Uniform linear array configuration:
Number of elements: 8
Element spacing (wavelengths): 0.75
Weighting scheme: kaiser
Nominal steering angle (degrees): -30
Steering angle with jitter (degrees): -31.876
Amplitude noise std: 0.05
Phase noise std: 0.05

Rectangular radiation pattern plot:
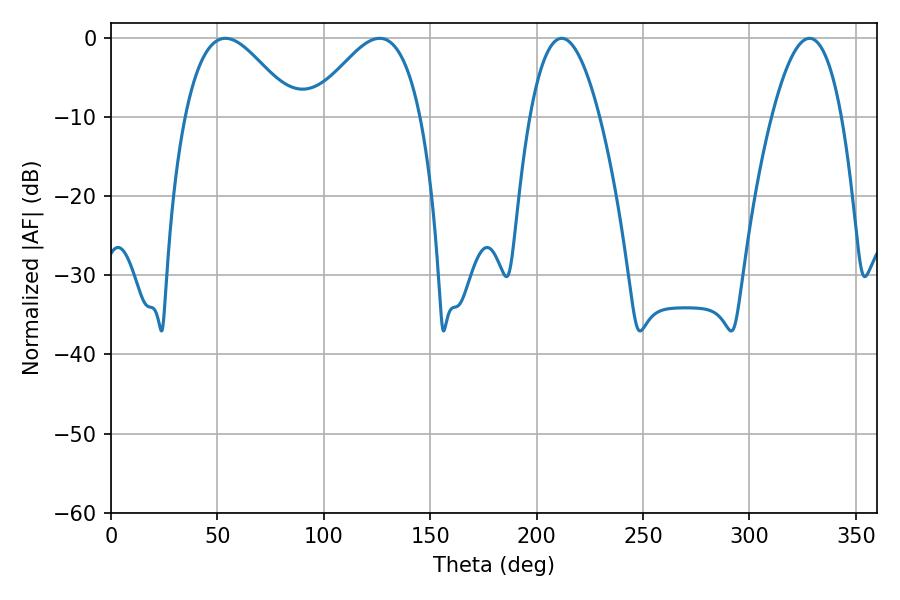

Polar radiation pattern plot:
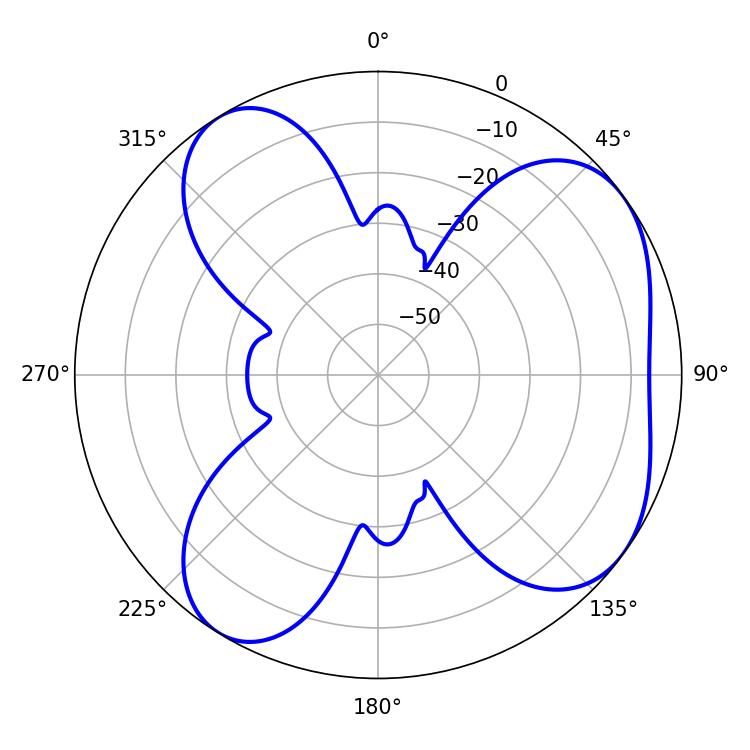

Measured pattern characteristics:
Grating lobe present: TRUE
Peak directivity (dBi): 5.691
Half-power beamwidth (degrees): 27.54
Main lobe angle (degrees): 53.82